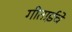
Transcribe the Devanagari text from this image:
गीताईचे